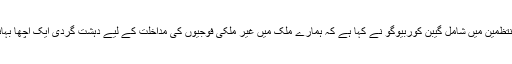
احتجاج کے منتظمین میں شامل گیبن کوربیوگو نے کہا ہے کہ ہمارے ملک میں غیر ملکی فوجیوں کی مداخلت کے لیے دہشت گردی ایک اچھا بہانہ مل گیا ہے۔